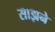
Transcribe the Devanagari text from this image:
साझने